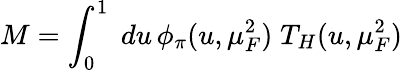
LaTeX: M=\int_{0}^{1}\; du\, \phi_{\pi}(u,\mu_{F}^{2})\; T_{H}(u,\mu_{F}^{2})